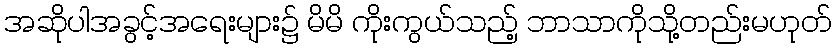
အဆိုပါအခွင့်အရေးများ၌ မိမိ ကိုးကွယ်သည့် ဘာသာကိုသို့တည်းမဟုတ်